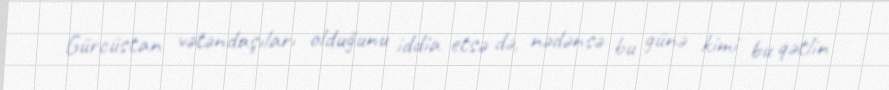
Gürcüstan vətəndaşıları olduğunu iddia etsə də, nədənsə bu günə kimi bu qətlin